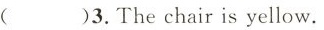
( )3. The chair is yellow.